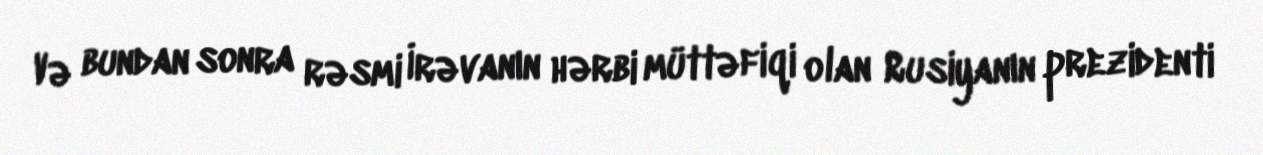
Və bundan sonra rəsmi İrəvanın hərbi müttəfiqi olan Rusiyanın prezidenti